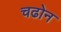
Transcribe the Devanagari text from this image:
चढोन